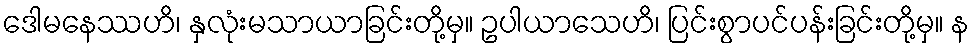
ဒေါမနေဿဟိ၊ နှလုံးမသာယာခြင်းတို့မှ။ ဥပါယာသေဟိ၊ ပြင်းစွာပင်ပန်းခြင်းတို့မှ။ န